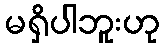
မရှိပါဘူးဟု